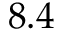
8 . 4